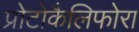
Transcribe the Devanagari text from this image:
प्रोटोकैलिफोरा